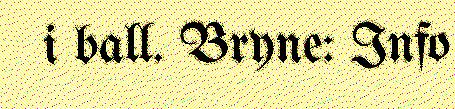
i ball. Bryne: Info